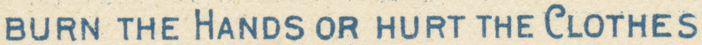
BURN THE HANDS OR HURT THE CLOTHES